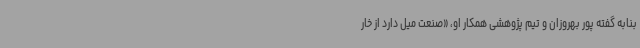
بنابه گفته پور بهروزان و تیم پژوهشی همکار او، «صنعت میل دارد از خار